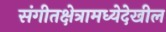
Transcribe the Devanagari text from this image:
संगीतक्षेत्रामध्येदेखील